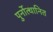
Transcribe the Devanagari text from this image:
पुर्नोत्थानित